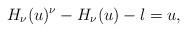
LaTeX: \begin{align*}H_{\nu}(u)^{\nu}-H_{\nu}(u)-l=u,\end{align*}